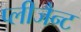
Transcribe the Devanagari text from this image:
प्लीजैन्ट